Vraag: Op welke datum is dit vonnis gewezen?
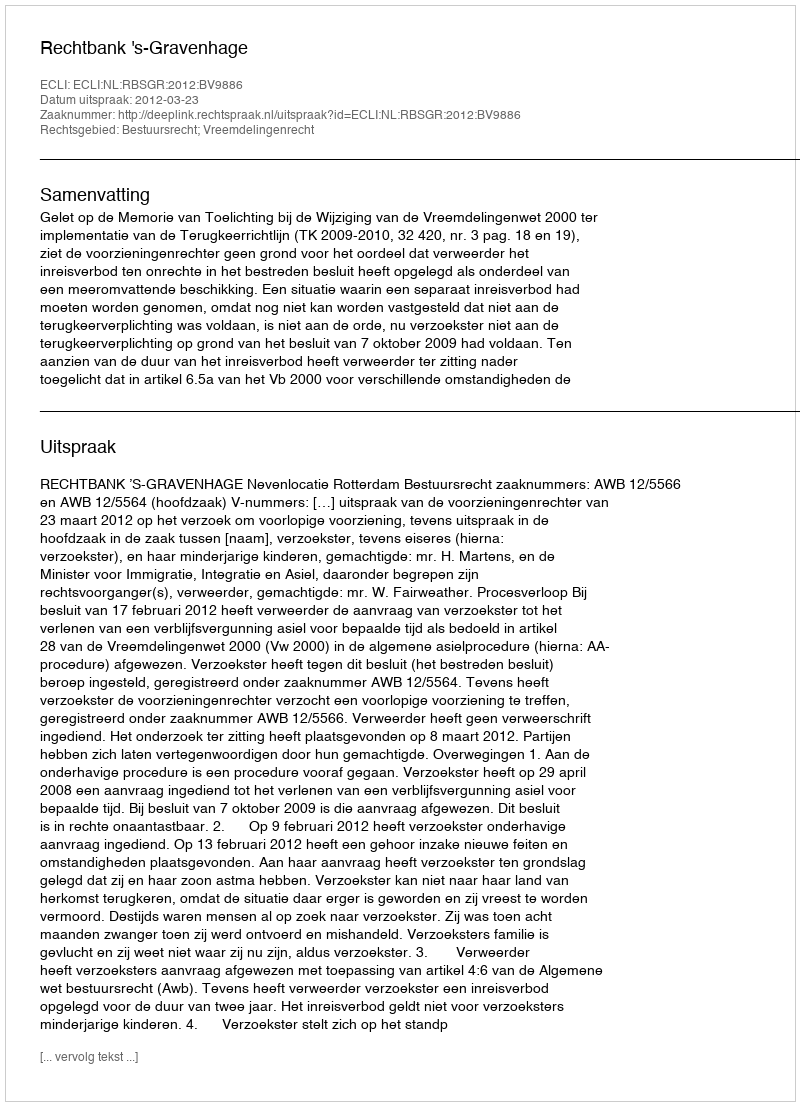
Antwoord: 2012-03-23